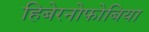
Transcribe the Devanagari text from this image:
हिबेरनोफोबिया